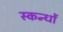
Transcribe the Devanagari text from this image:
स्कन्धों